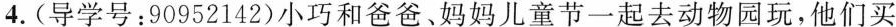
4.(导学号：90952142)小巧和爸爸、妈妈儿童节一起去动物园玩，他们买